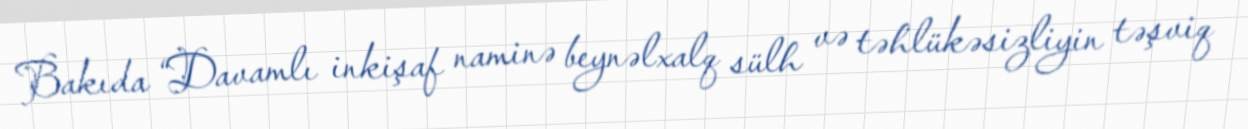
Bakıda “Davamlı inkişaf naminə beynəlxalq sülh və təhlükəsizliyin təşviq